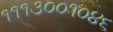
૧૧૧૩૦૦૧૦૪૬